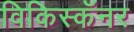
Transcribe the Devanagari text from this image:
विकिस्कॅनर